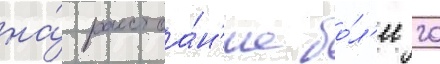
на́ расстоа́н'ие бо́л'ее 20